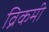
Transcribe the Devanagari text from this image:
व्रिकमी